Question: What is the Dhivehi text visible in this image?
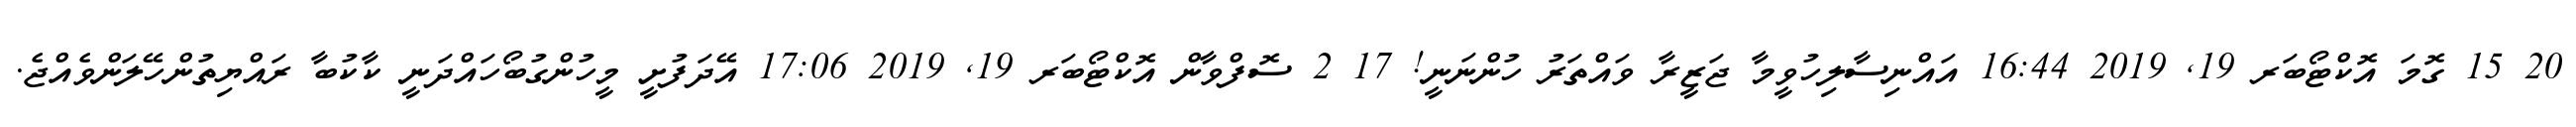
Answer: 20 15 ގޮމަ އޮކްޓޯބަރ 19, 2019 16:44 އައްނިސާލިހުވީމާ ޖަޒީރާ ވައްތަރު ހުންނަނީ! 17 2 ސޮފްވާން އޮކްޓޯބަރ 19, 2019 17:06 އޭދަފުށީ މީހުންގުބޯހައްދަނީ ކާކުބާ ރައްޔިތުންހޭލަންވެއްޖެ.